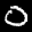
Label: 0